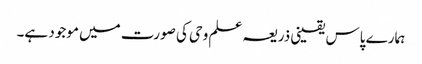
ہمارے پاس یقینی ذریعہ علم وحی کی صورت میں موجود ہے۔